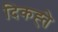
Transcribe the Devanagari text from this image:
दिकह्ते